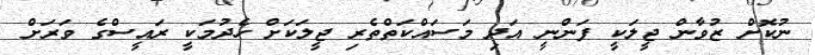
ނުކޮށް ޒުވާން ޖީލަކީ ފަންނީ އަދި މަސައްކަތްތެރި ޖީލަކަށް ހެދުމަކީ ރައީސްގެ ވަރަށް